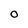
Character: O